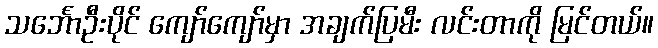
သင်္ဘောဦးပိုင် ကျော်ကျော်မှာ အချက်ပြမီး လင်းတာကို မြင်တယ်။